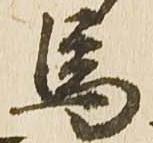
馬